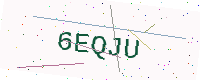
Text: 6EQJU